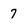
Character: 7